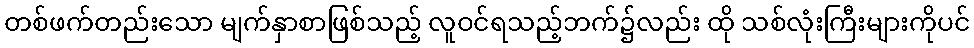
တစ်ဖက်တည်းသော မျက်နှာစာဖြစ်သည့် လူဝင်ရသည့်ဘက်၌လည်း ထို သစ်လုံးကြီးများကိုပင်